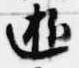
逝